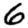
Digit: 6